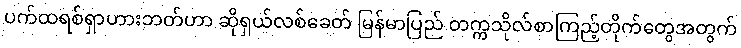
ပက်ထရစ်ရှာဟားဘတ်ဟာ ဆိုရှယ်လစ်ခေတ် မြန်မာပြည် တက္ကသိုလ်စာကြည့်တိုက်တွေအတွက်